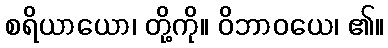
စရိယာယော၊ တို့ကို။ ဝိဘာဝယေ၊ ၏။